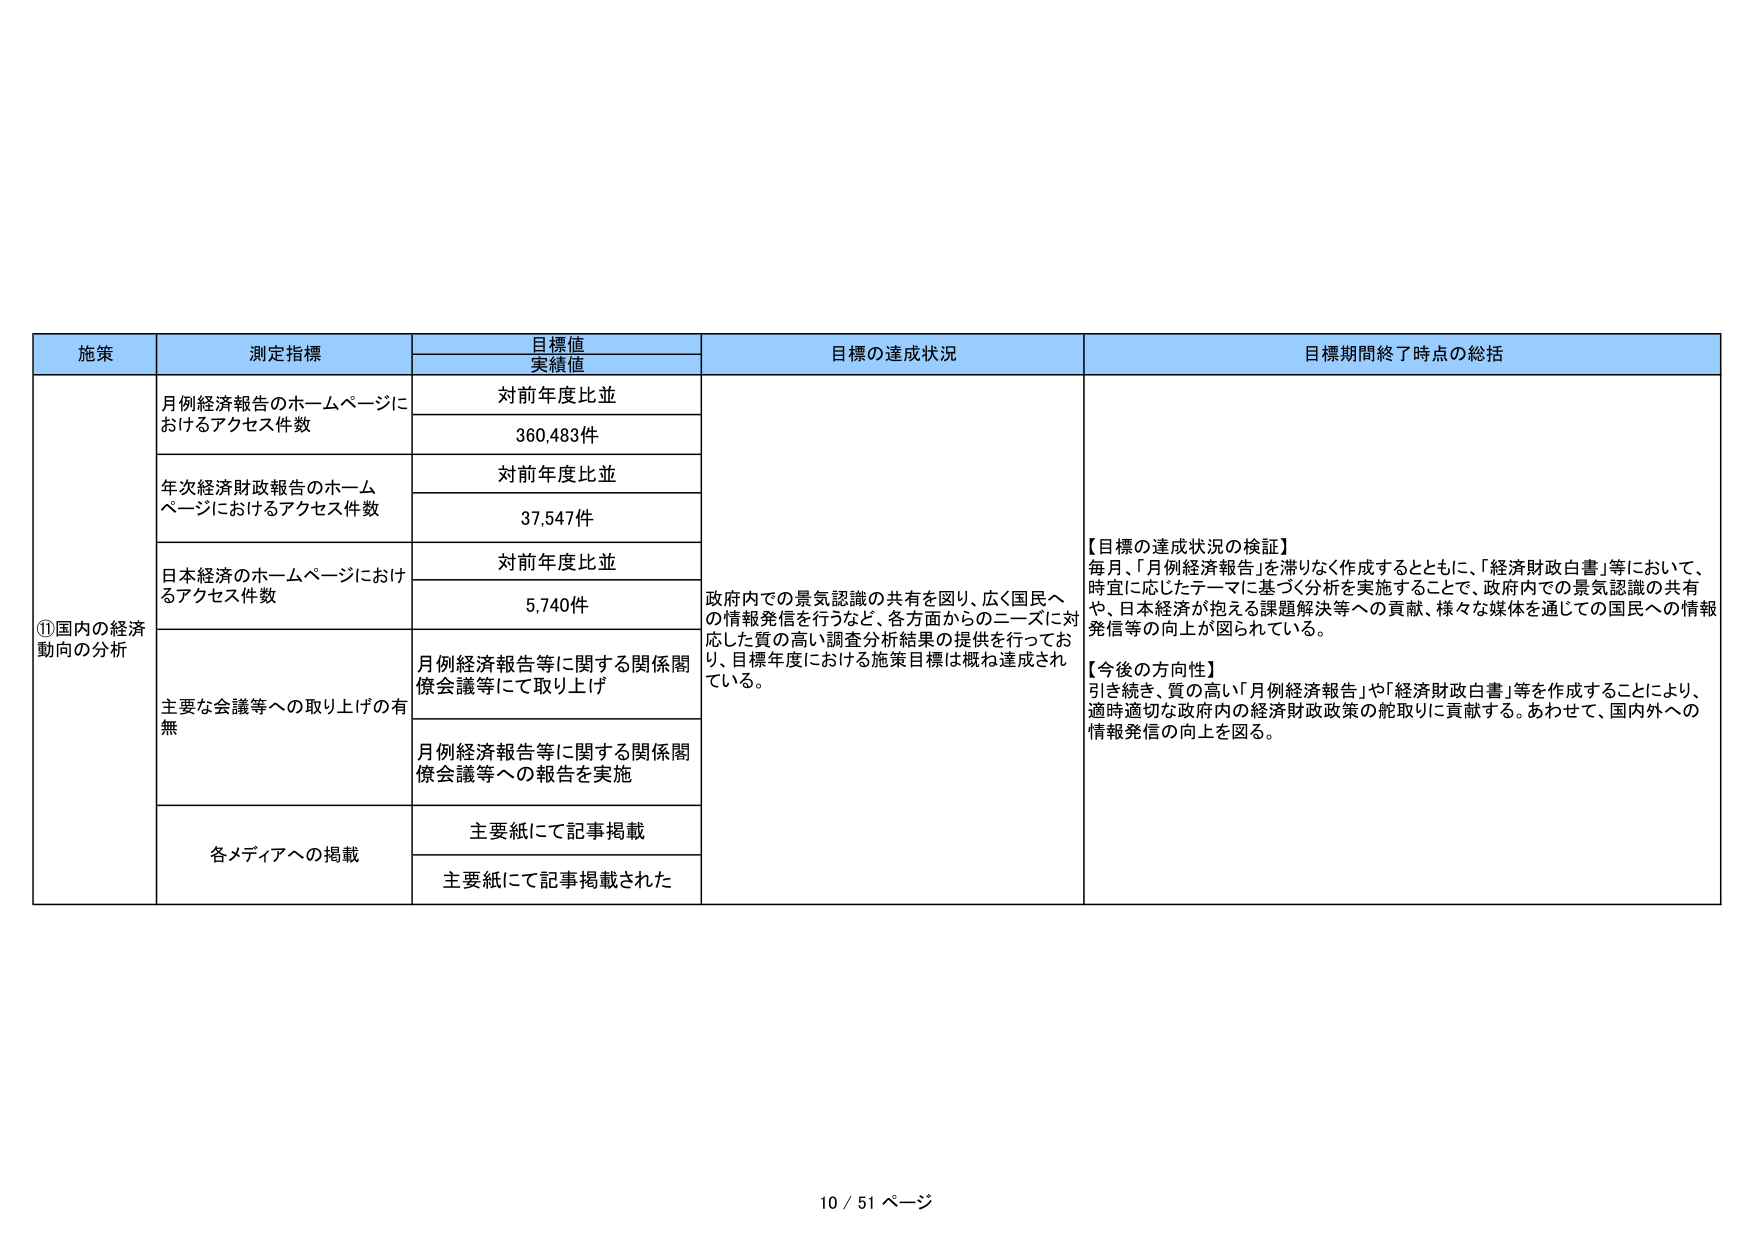
施策
測定指標
目標値
実績値
目標の達成状況
目標期間終了時点の総括
①国内の経済動向の分析
月例経済報告のホームページにおけるアクセス件数
対前年度比並
360,483件
年次経済財政報告のホームページにおけるアクセス件数
対前年度比並
37,547件
日本経済のホームページにおけるアクセス件数
対前年度比並
5,740件
主要な会議等への取り上げの有無
月例経済報告等に関する関係閣僚会議等にて取り上げ
月例経済報告等に関する関係閣僚会議等への報告を実施
各メディアへの掲載
主要紙にて記事掲載
主要紙にて記事掲載された
政府内での景気認識の共有を図り、広く国民への情報発信を行うなど、各方面からのニーズに対応した質の高い調査分析結果の提供を行っており、目標年度における施策目標は概ね達成されている。
【目標の達成状況の検証】
毎月、「月例経済報告」を滞りなく作成するとともに、「経済財政白書」等において、時宜に応じたテーマに基づく分析を実施することで、政府内での景気認識の共有や、日本経済が抱える課題解決等への貢献、様々な媒体を通じての国民への情報発信等の向上が図られている。
【今後の方針】
引き続き、質の高い「月例経済報告」や「経済財政白書」等を作成することにより、適時適切な政府内の経済財政政策の舵取りに貢献する。あわせて、国内外への情報発信の向上を図る。
10 / 51 ページ